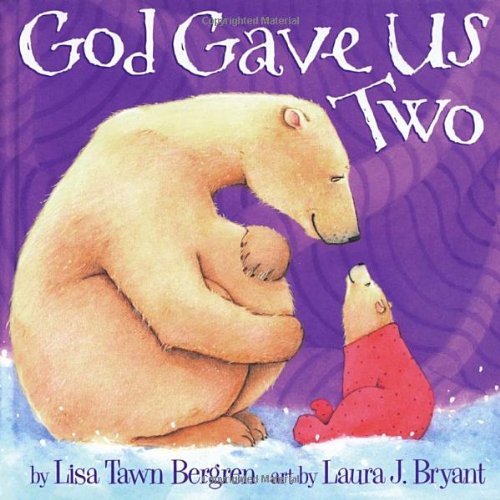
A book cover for God Gave Us Two; Lisa Tawn Bergren; Christian Books & Bibles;